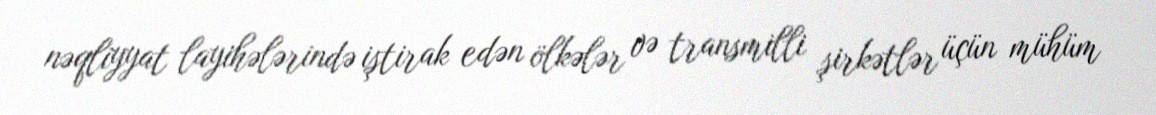
nəqliyyat layihələrində iştirak edən ölkələr və transmilli şirkətlər üçün mühüm